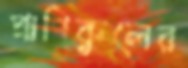
প্রাণিকুলের